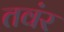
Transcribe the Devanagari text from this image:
तवंर